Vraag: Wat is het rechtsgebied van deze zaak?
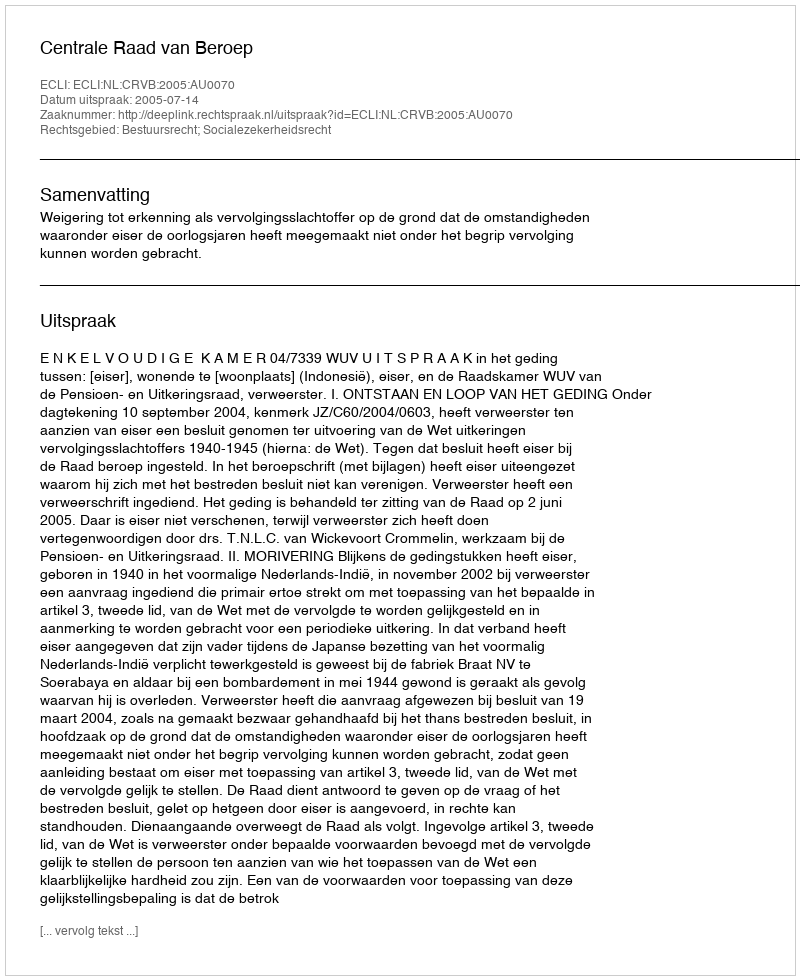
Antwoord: Bestuursrecht; Socialezekerheidsrecht